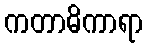
ကတာဓိကာရာ